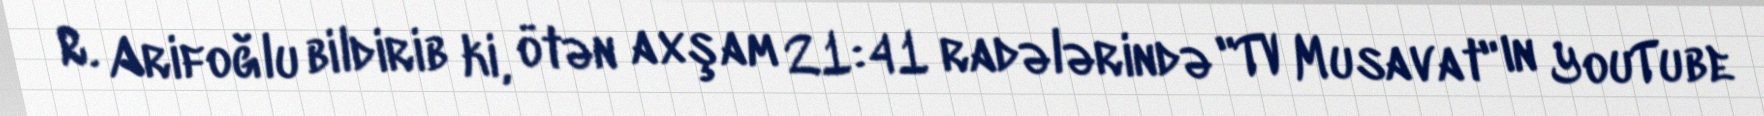
R. Arifoğlu bildirib ki, ötən axşam 21:41 radələrində "TV Musavat" ın YouTube